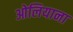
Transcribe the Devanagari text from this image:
ओलियाना